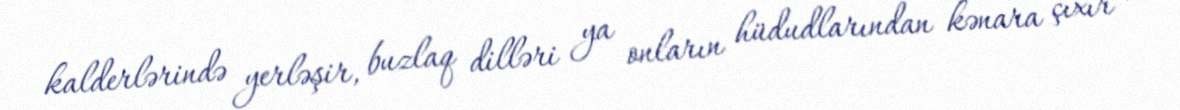
kalderlərində yerləşir, buzlaq dilləri ya onların hüdudlarından kənara çıxır və